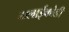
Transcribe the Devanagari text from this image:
मलाईकोडी